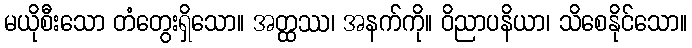
မယိုစီးသော တံတွေးရှိသော။ အတ္ထဿ၊ အနက်ကို။ ဝိညာပနိယာ၊ သိစေနိုင်သော။